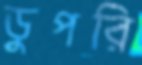
ডুপরি